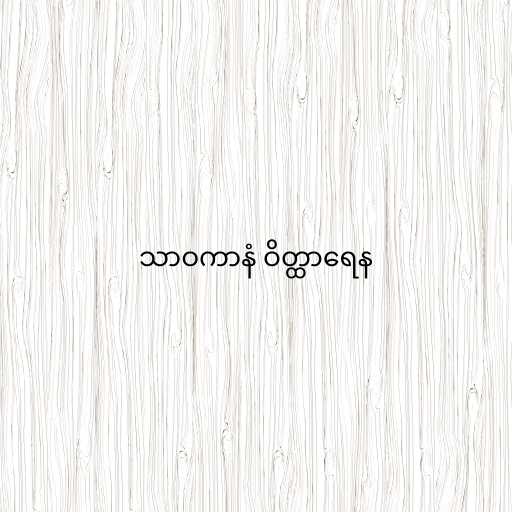
သာဝကာနံ ဝိတ္ထာရေန